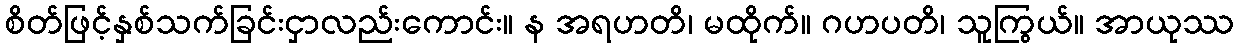
စိတ်ဖြင့်နှစ်သက်ခြင်းငှာလည်းကောင်း။ န အရဟတိ၊ မထိုက်။ ဂဟပတိ၊ သူကြွယ်။ အာယုဿ